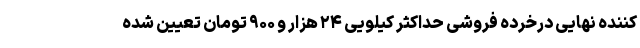
کننده نهایی درخرده فروشی حداکثر کیلویی ۲۴ هزار و ۹۰۰ تومان تعیین شده